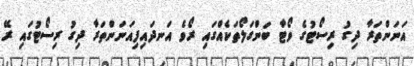
އަނަންތަރާ ދިގު ރިސޯޓުގެ ވޯޓާ ބަންގަލޯތަކެއްގައި ރޯވެ އަނދައިފިއަނަންތަރާ ދިގު ރިސޯޓުގައި ރޭ